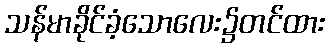
သန်မာခိုင်ခံ့သောလေး၌တင်ထား